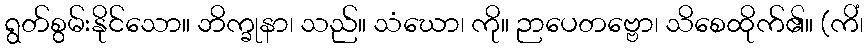
ရွတ်စွမ်းနိုင်သော။ ဘိက္ခုနာ၊ သည်။ သံဃော၊ ကို။ ဉာပေတဗ္ဗော၊ သိစေထိုက်၏။ (ကိံ၊